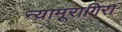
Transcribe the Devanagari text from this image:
न्यामूरागिरा